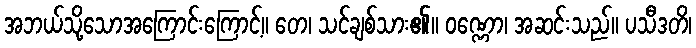
အဘယ်သို့သောအကြောင်းကြောင့်။ တေ၊ သင်ချစ်သား၏။ ဝဏ္ဏော၊ အဆင်းသည်။ ပသီဒတိ၊